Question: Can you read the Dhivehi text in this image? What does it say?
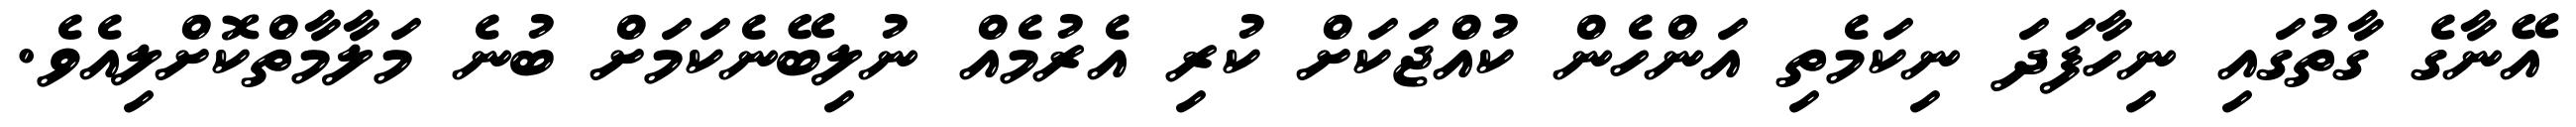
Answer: އޭނާގެ ގާތުގައި ނިހާފަދަ ނިކަމެތި އަންހެން ކުއްޖަކަށް ކުރި އެރުމެއް ނުލިބޭނެކަމަށް ބުނެ މަލާމާތްކޮށްލިއެވެ.